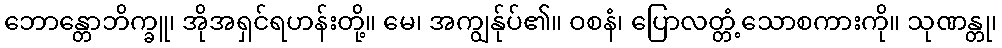
ဘောန္တောဘိက္ခူ၊ အိုအရှင်ရဟန်းတို့။ မေ၊ အကျွန်ုပ်၏။ ဝစနံ၊ ပြောလတ္တံ့သောစကားကို။ သုဏန္တု၊